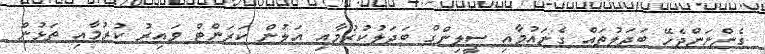
ގެންނަންޖެހޭ ބަދަލުތައް ގެނައުމާއި ސީލިންގް ބަދަލުކުރުމާއި އަލުން ކަރަންޓް ވައިރު ކުރުމާއި ތަޅުން